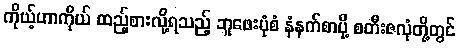
ကိုယ့်ဟာကိုယ် ထည့်စားလို့ရသည့် ဘူဖေးပုံစံ နံနက်စာပို့ စတီးဇလုံတို့တွင်